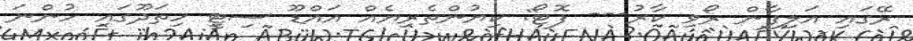
ރޭގައި އަލިފާން ރޯވި ކާރު--- ފޮޓޯ: ކިޔުންތެރިޔެއް އައްޑޫ ސިޓީ ހިތަދޫގައި ހުންނަ